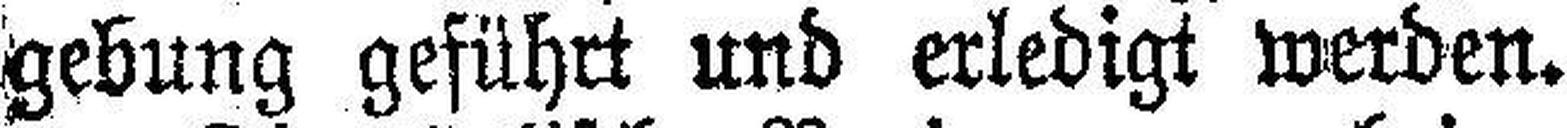
gebung geführt und erledigt werden.